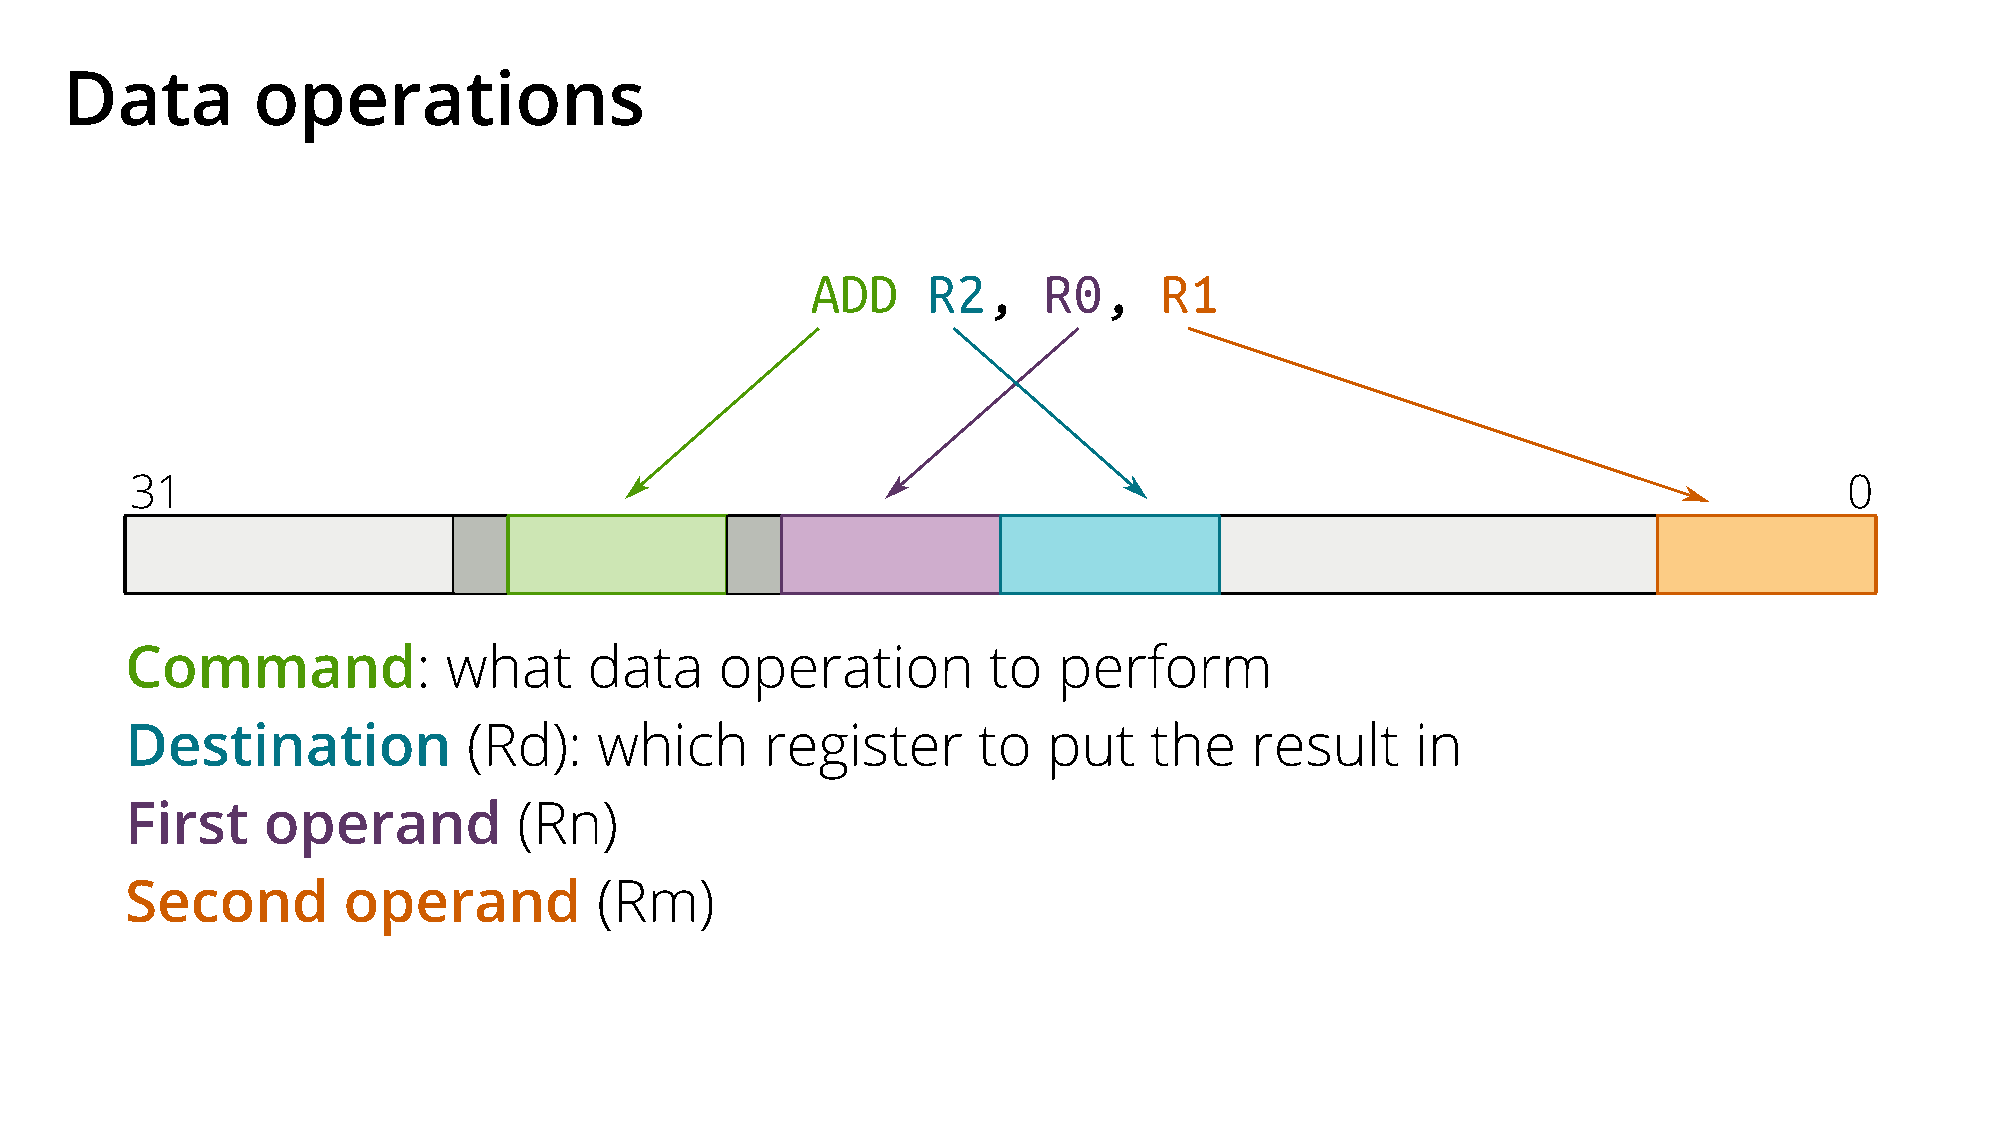
Data         operations
 ADD    R2,     R0,     R1
 31                                                                                                               0
 Command:             what      data     operation        to   perform
 Destination            (Rd):   which       register      to  put    the    result     in
 First    operand          (Rn)
 Second         operand          (Rm)